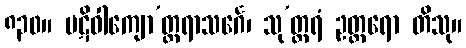
၈၃၀။ ပဋိဝါကျော’တ္တရာသင်္ဂေ၊ သု’တ္တရံ ဥတ္တရော တိသု။